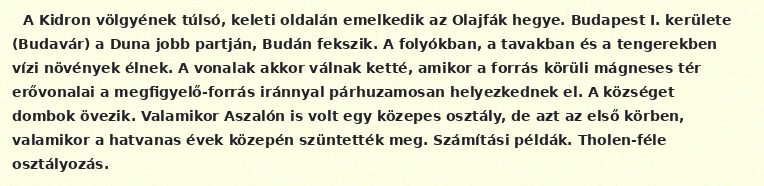
A Kidron völgyének túlsó, keleti oldalán emelkedik az Olajfák hegye. Budapest I. kerülete (Budavár) a Duna jobb partján, Budán fekszik. A folyókban, a tavakban és a tengerekben vízi növények élnek. A vonalak akkor válnak ketté, amikor a forrás körüli mágneses tér erővonalai a megfigyelő-forrás iránnyal párhuzamosan helyezkednek el. A községet dombok övezik. Valamikor Aszalón is volt egy közepes osztály, de azt az első körben, valamikor a hatvanas évek közepén szüntették meg. Számítási példák. Tholen-féle osztályozás.